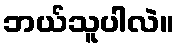
ဘယ်သူပါလဲ။